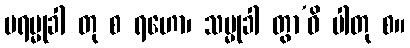
ပရမ္မုခါ တု စ ရဟော၊ သမ္မုခါ တွာ’ဝိ ပါတု စ။